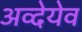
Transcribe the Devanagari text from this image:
अव्देयेव